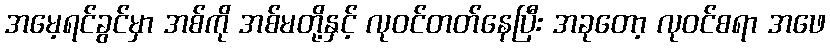
အမေ့ရင်ခွင်မှာ အစ်ကို အစ်မတို့နှင့် လုဝင်တတ်နေပြီး အခုတော့ လုဝင်စရာ အဖေ